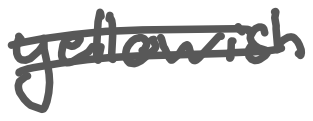
Text: yellowish
Cross-out: double-line
Writing tool: digital_gray